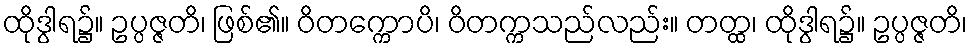
ထိုဒွါရ၌။ ဥပ္ပဇ္ဇတိ၊ ဖြစ်၏။ ဝိတက္ကောပိ၊ ဝိတက္ကသည်လည်း။ တတ္ထ၊ ထိုဒွါရ၌။ ဥပ္ပဇ္ဇတိ၊